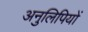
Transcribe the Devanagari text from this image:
अनुलिपियों